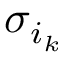
\sigma _ { i _ { k } }